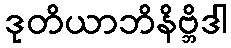
ဒုတိယာဘိနိဗ္ဘိဒါ